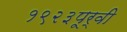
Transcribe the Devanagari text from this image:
१९२३पूर्वी